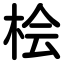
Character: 桧